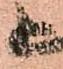
尉